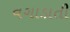
વગાડાતી